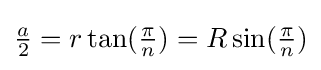
{\tfrac {a}{2}}=r\tan({\tfrac {\pi }{n}})=R\sin({\tfrac {\pi }{n}})